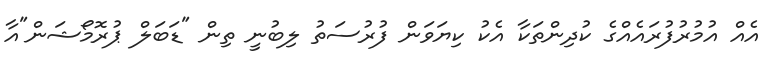
އެއް އުމުރުފުރައެއްގެ ކުދިންތަކާ އެކު ކިޔަވަން ފުރުސަތު ލިބުނީ ތިން "ޑަބަލް ޕުރޮމޯޝަން"އާ